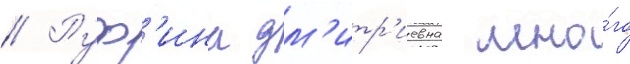
// Руф'ина дм'итр'иевна мно́го